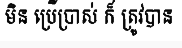
មិន ប្រើប្រាស់ ក៏ ត្រូវបាន